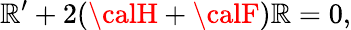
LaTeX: {\cal\mathbb{R}}^{\prime}+2({\calH}+{\calF}){\cal\mathbb{R}}=0,